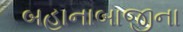
બહાનાબાજીના